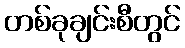
တစ်ခုချင်းစီတွင်